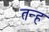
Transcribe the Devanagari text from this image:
तन्ह